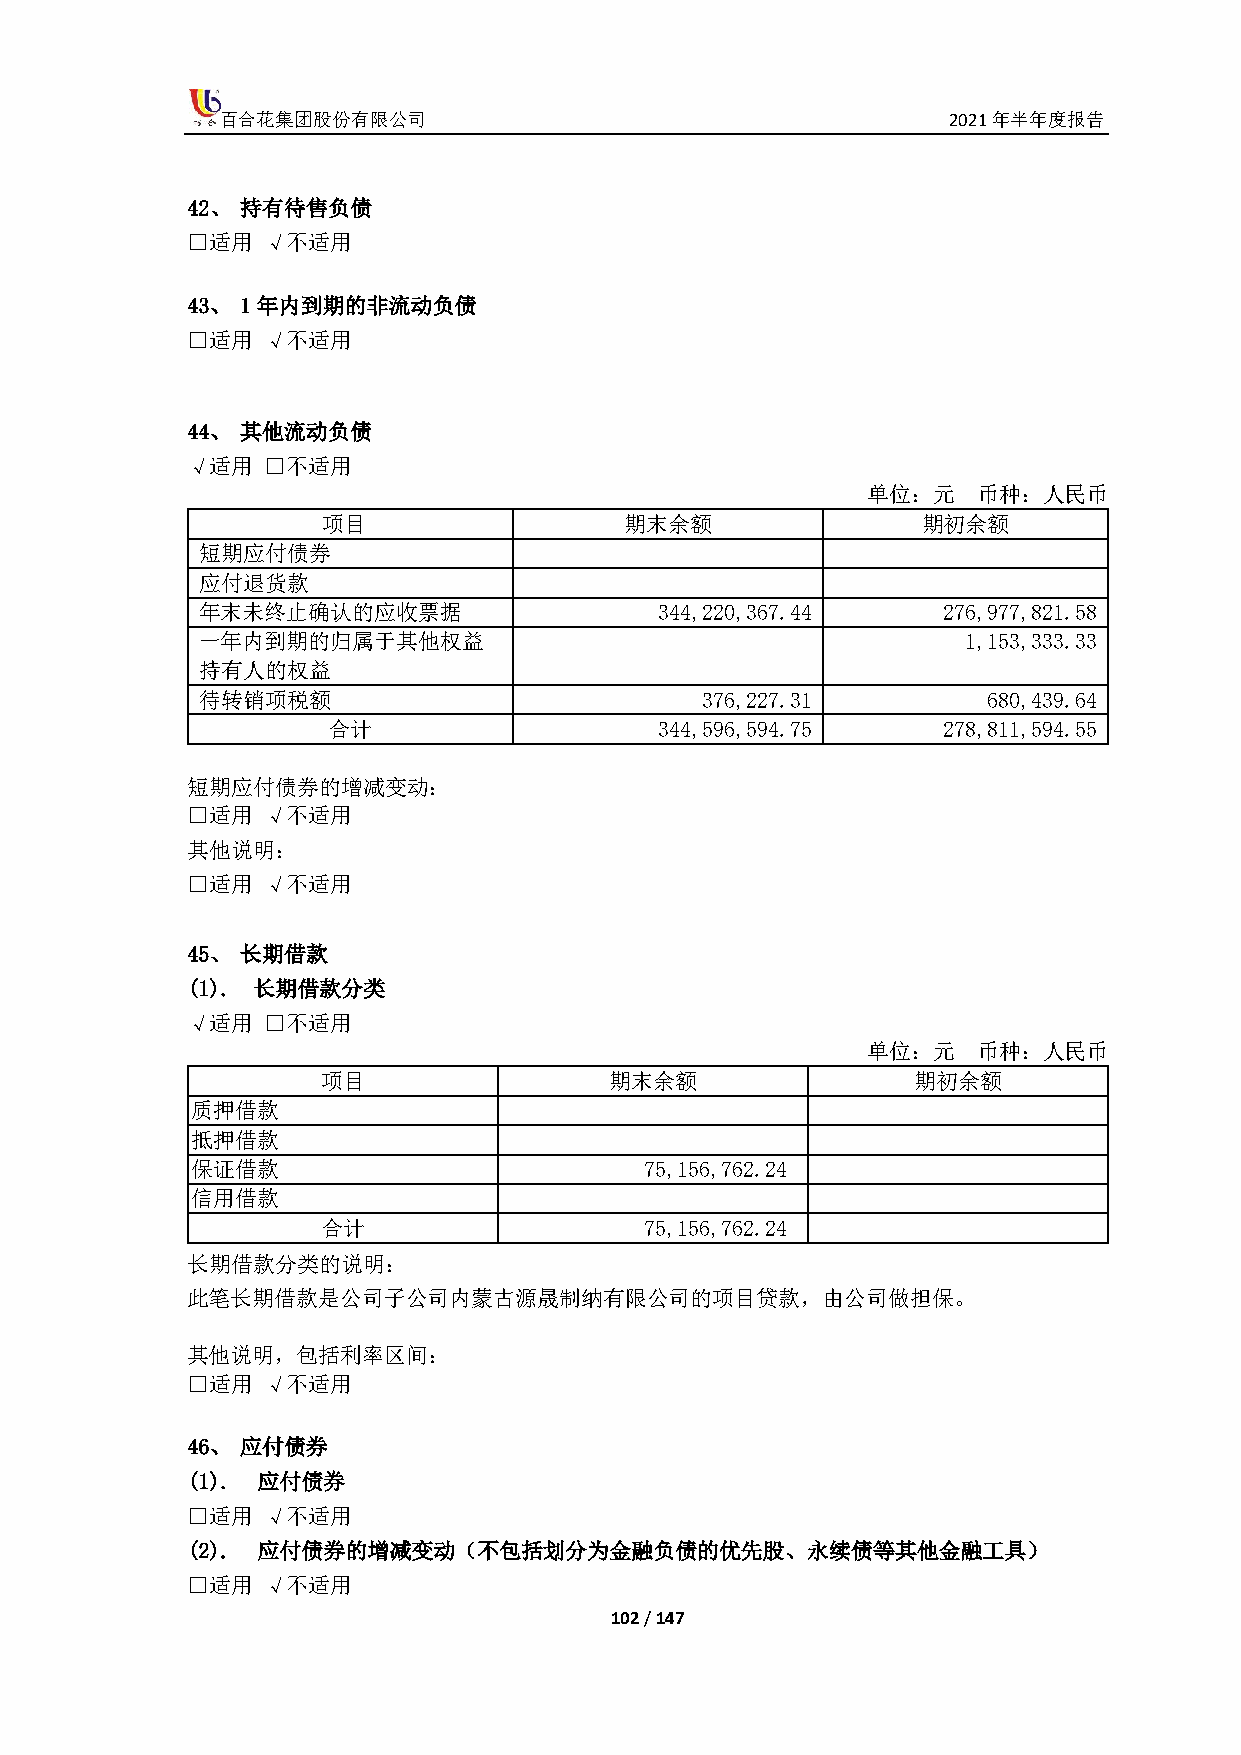
百合花集团股份有限公司                                     2021年半年度报告
 42、 持有待售负债
 □适用  √不适用
 43、 1年内到期的非流动负债
 □适用  √不适用
 44、 其他流动负债
 √适用  □不适用
 单位：元    币种：人民币
 项目                  期末余额                期初余额
 短期应付债券
 应付退货款
 年末未终止确认的应收票据                   344,220,367.44    276,977,821.58
 一年内到期的归属于其他权益                                      1,153,333.33
 持有人的权益
 待转销项税额                           376,227.31         680,439.64
 合计                    344,596,594.75    278,811,594.55
 短期应付债券的增减变动：
 □适用  √不适用
 其他说明：
 □适用  √不适用
 45、 长期借款
 (1). 长期借款分类
 √适用  □不适用
 单位：元    币种：人民币
 项目                 期末余额                期初余额
 质押借款
 抵押借款
 保证借款                          75,156,762.24
 信用借款
 合计                    75,156,762.24
 长期借款分类的说明：
 此笔长期借款是公司子公司内蒙古源晟制纳有限公司的项目贷款，由公司做担保。
 其他说明，包括利率区间：
 □适用  √不适用
 46、 应付债券
 (1). 应付债券
 □适用  √不适用
 (2). 应付债券的增减变动（不包括划分为金融负债的优先股、永续债等其他金融工具）
 □适用  √不适用
 102 / 147